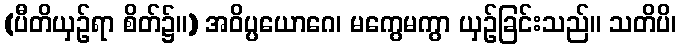
(ပီတိယှဉ်ရာ စိတ်၌။) အဝိပ္ပယောဂေ၊ မကွေမကွာ ယှဉ်ခြင်းသည်။ သတိပိ၊